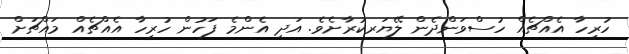
ހުރިހާ އެއްޗެއް ހުސްވަންދެން ލޭޔަރކުރާށެވެ. އަދި އެންމެ ފަހުން ހުރިހާ އެއްޗެއް މައްޗަށް